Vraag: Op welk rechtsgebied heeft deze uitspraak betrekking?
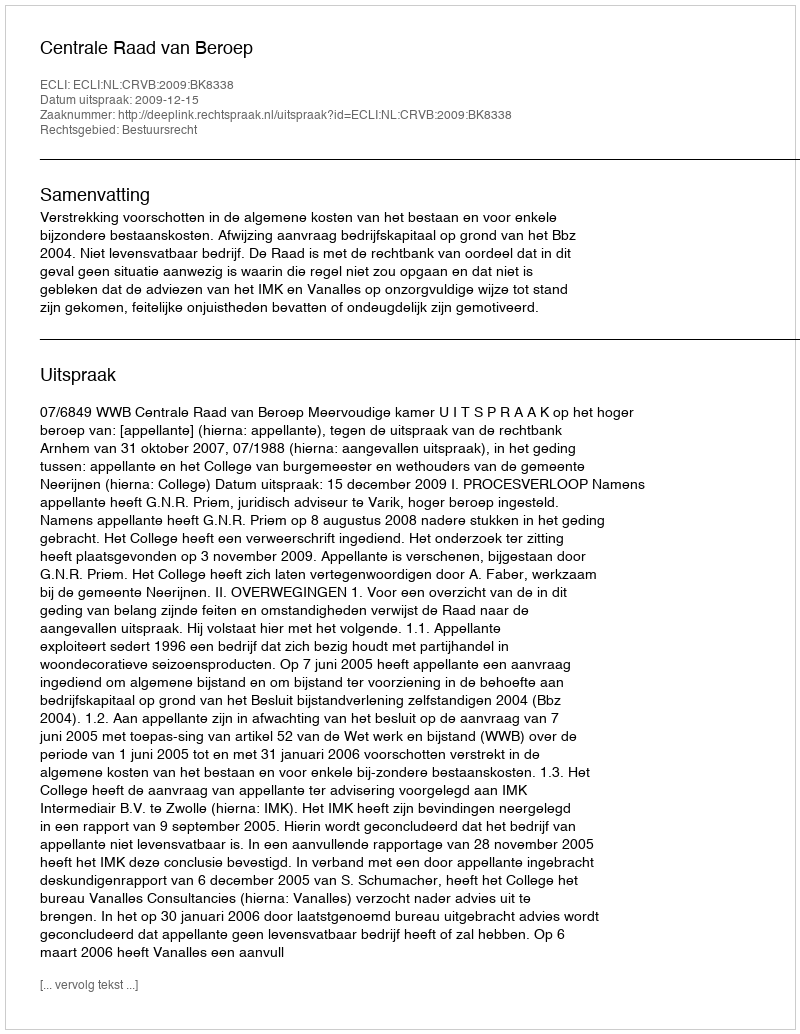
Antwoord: Bestuursrecht